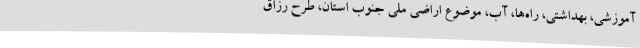
آموزشی، بهداشتی، راه‌ها، آب، موضوع اراضی ملی جنوب استان، طرح رزاق